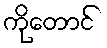
ကိုတောင်